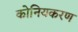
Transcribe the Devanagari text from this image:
कोनियकरण